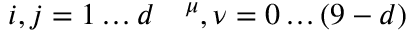
i , j = 1 \ldots d \quad \sp \mu , \nu = 0 \ldots ( 9 - d )